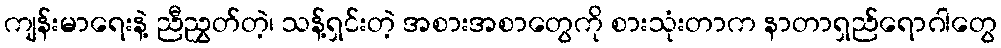
ကျန်းမာရေးနဲ့ ညီညွှတ်တဲ့၊ သန့်ရှင်းတဲ့ အစားအစာတွေကို စားသုံးတာက နာတာရှည်ရောဂါတွေ